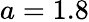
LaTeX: a=1.8